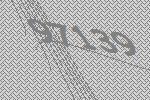
97139